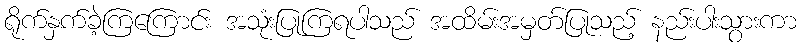
ရိုက်နှက်ခဲ့ကြကြောင်း အသုံးပြုကြရပါသည် အထိမ်းအမှတ်ပြုသည့် နည်းပါးသွားကာ